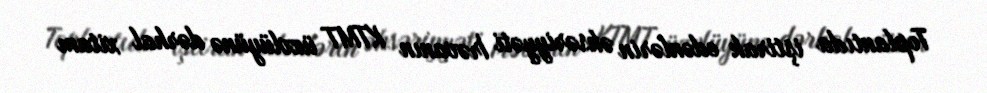
Toplantıda iştirak edənlərin əksəriyyəti İrəvanın KTMT üzvlüyünə dərhal xitam